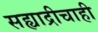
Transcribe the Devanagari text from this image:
सह्याद्रीचाही